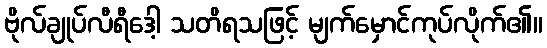
ဗိုလ်ချုပ်လီရီဒေါ့ သတိရသဖြင့် မျက်မှောင်ကုပ်လိုက်၏။